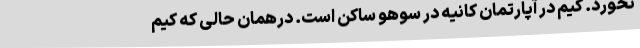
نخورد. کیم در آپارتمان کانیه در سوهو ساکن است. درهمان حالی که کیم